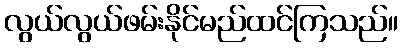
လွယ်လွယ်ဖမ်းနိုင်မည်ထင်ကြသည်။